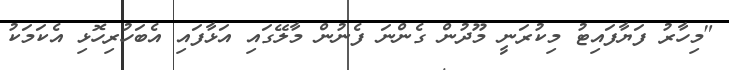
"މިހާރު ފަޔާފައިޓު މިކުރަނީ މޫދުން ގެންނަ ފެނުން މާލޭގައި އަޅާފައި އެބަހުރިހޮޅި އެކަމަކު